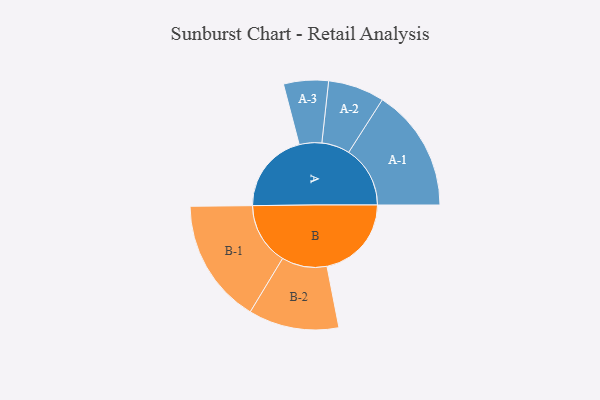
{"axis": {"x": "Segment", "y": "Value"}, "legend": ["", "A", "B"], "data": [{"x": "A", "y": 381, "type": ""}, {"x": "B", "y": 396, "type": ""}, {"x": "A-1", "y": 288, "type": "A"}, {"x": "A-2", "y": 132, "type": "A"}, {"x": "A-3", "y": 105, "type": "A"}, {"x": "B-1", "y": 292, "type": "B"}, {"x": "B-2", "y": 212, "type": "B"}]}